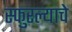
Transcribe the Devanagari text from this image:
स्फुरल्याचे